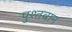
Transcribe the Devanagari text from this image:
पुश्तवान